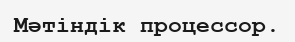
Мәтіндік процессор.